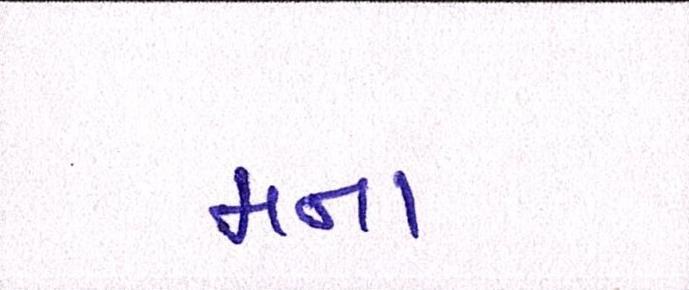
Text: મના